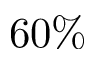
6 0 \%